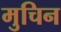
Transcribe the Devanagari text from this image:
मुचिन